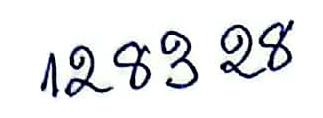
1283 28